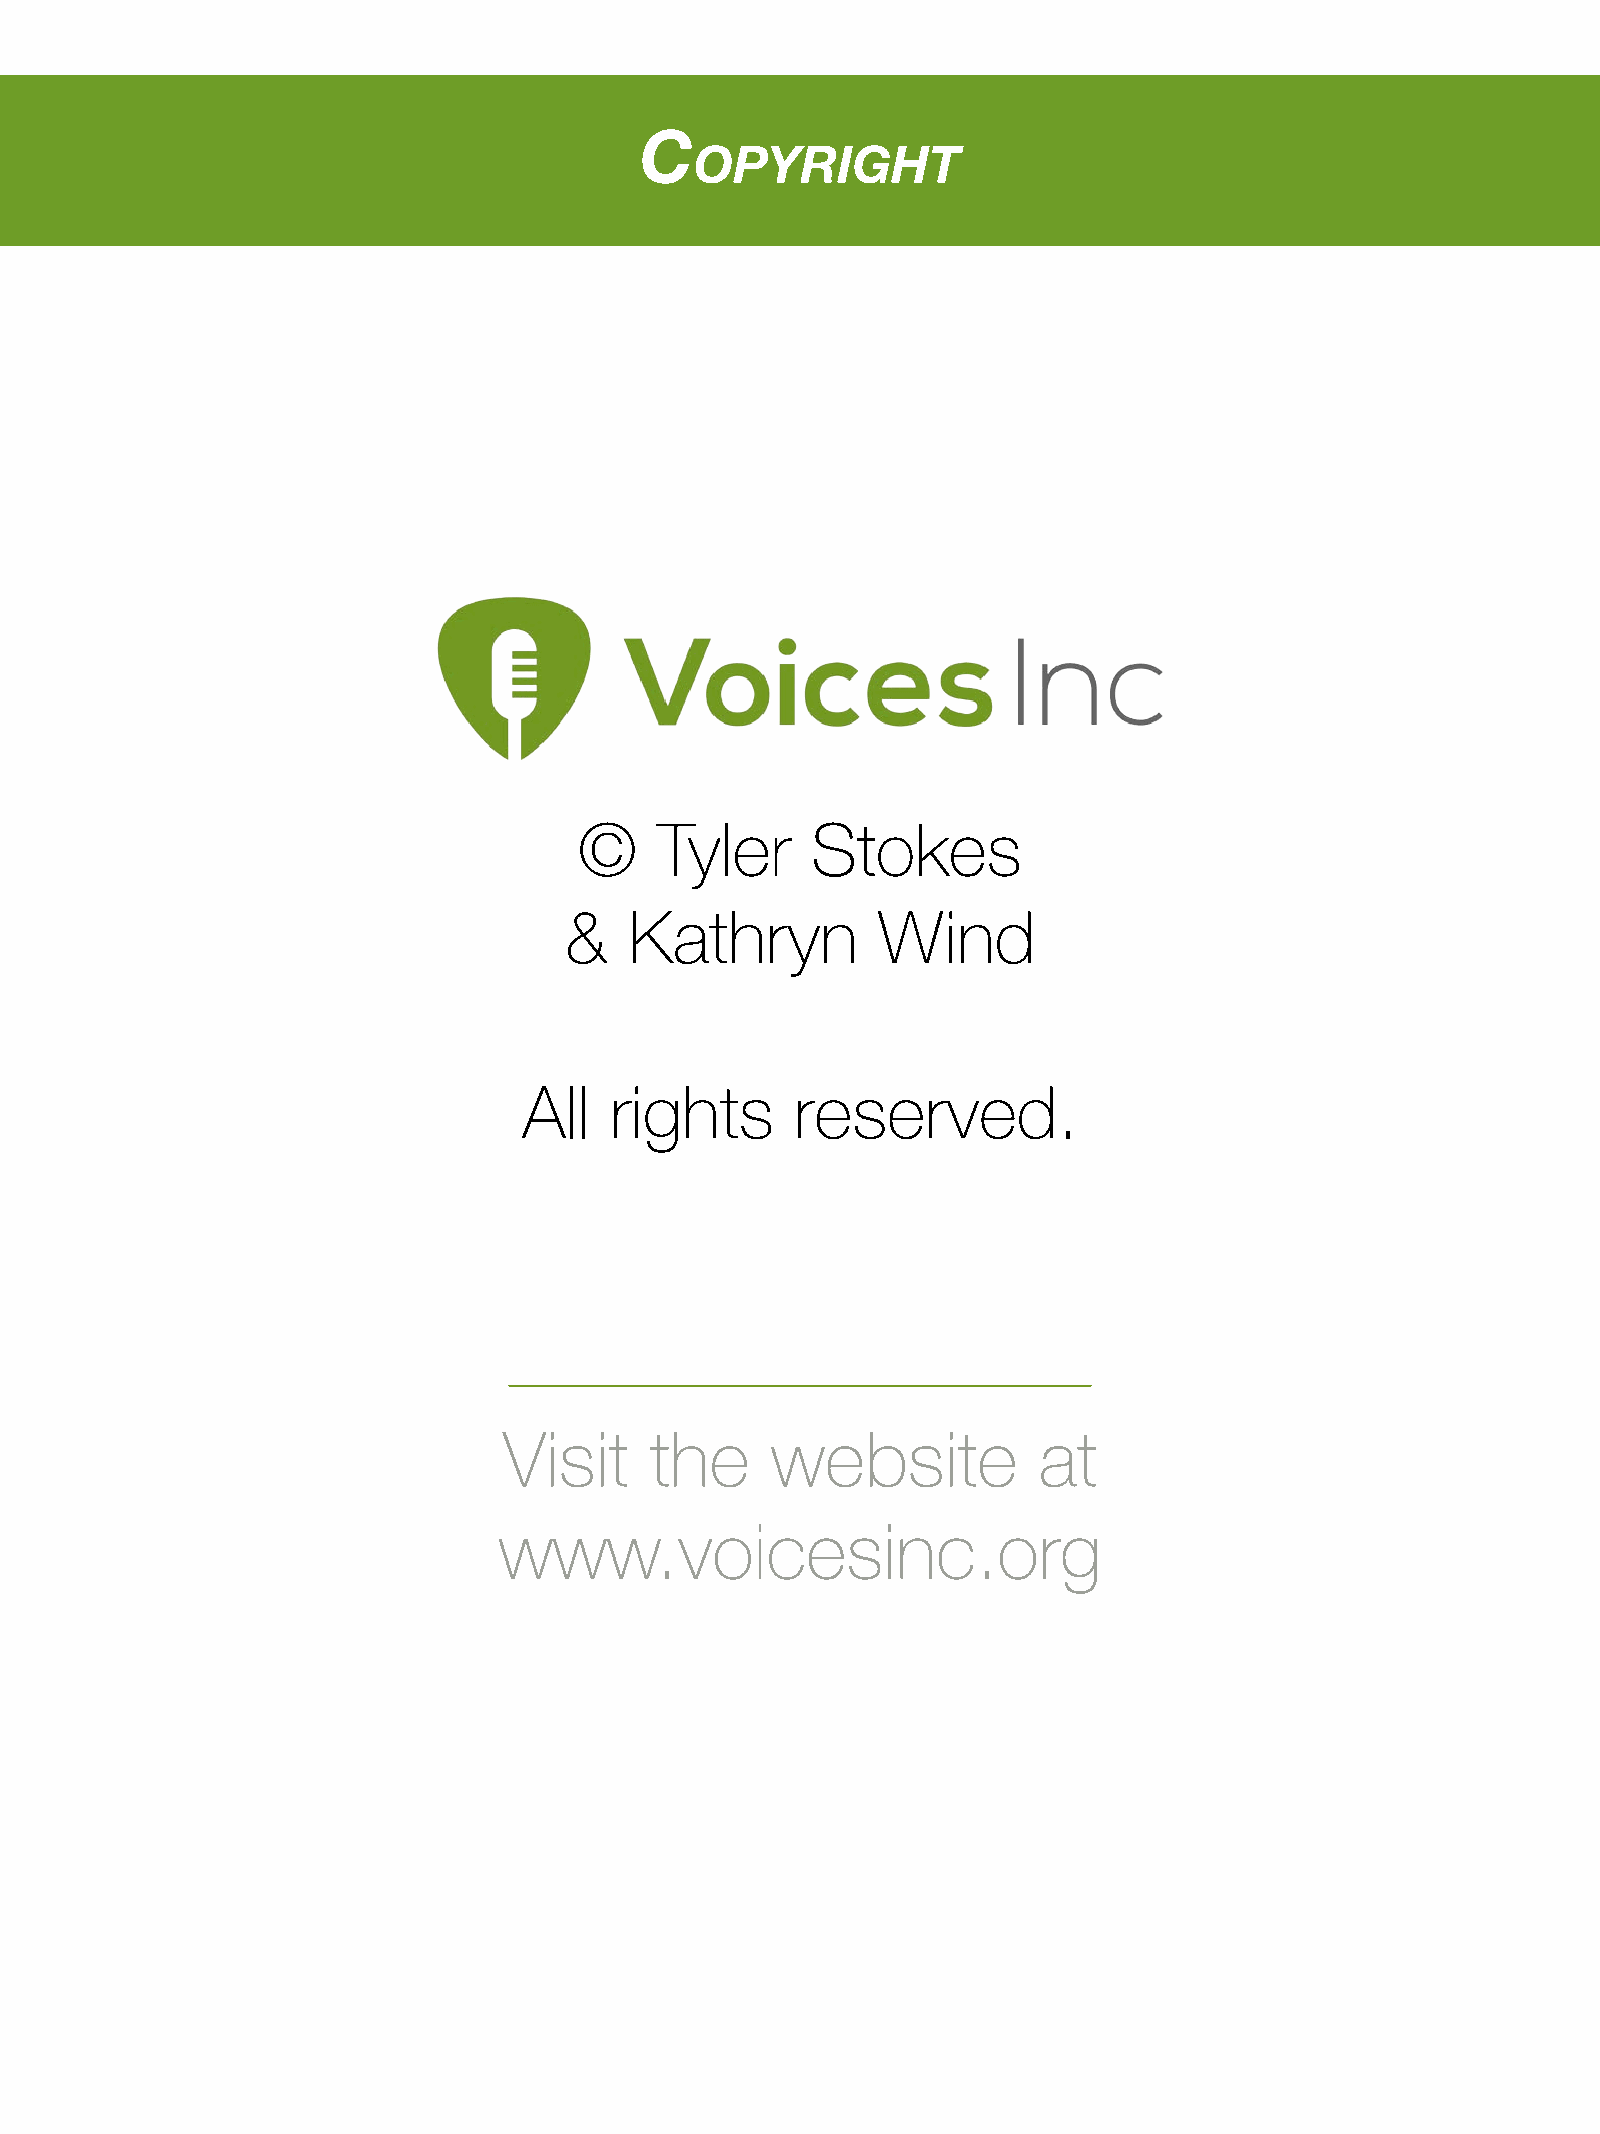
C
 opyright
 ©    Tyler      Stokes
 &    Kathryn         Wind
 All  rights       reserved.
 Visit     the     website           at
 www.voicesinc.org